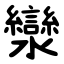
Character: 灓